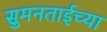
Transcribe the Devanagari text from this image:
सुमनताईच्या